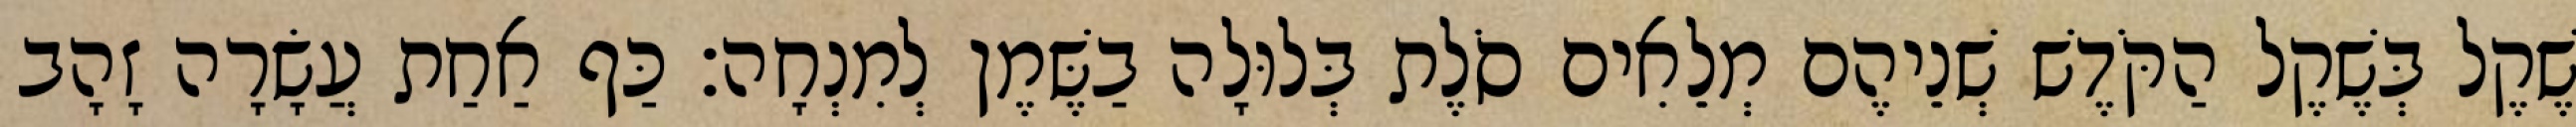
שֶׁקֶל בְּשֶׁקֶל הַקֹּדֶשׁ שְׁנֵיהֶם מְלֵאִים סֹלֶת בְּלוּלָה בַשֶּׁמֶן לְמִנְחָה׃ כַּף אַחַת עֲשָׂרָה זָהָב